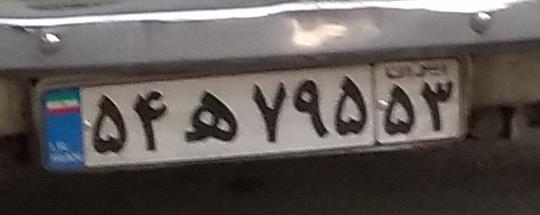
۵۴ه۷۹۵۵۳